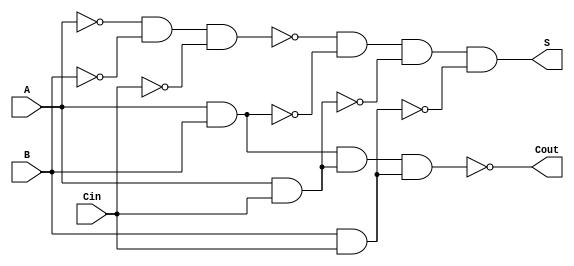
module NegativeCircuitFullAdder (
    input wire A,      // First binary input
    input wire B,      // Second binary input
    input wire Cin,    // Carry input
    output wire S,     // Sum output
    output wire Cout    // Carry output
);

// Intermediate signals for negative logic
wire A_inv, B_inv, Cin_inv;
wire AB_and, ACin_and, BCin_and;

// Invert the inputs for negative logic
not (A_inv, A);
not (B_inv, B);
not (Cin_inv, Cin);

// Calculate the sum output using XOR for negative logic
assign S = ~(A_inv & B_inv & Cin_inv) & ~(A & B) & ~(A & Cin) & ~(B & Cin);

// Calculate the carry output using AND and OR operations
assign AB_and = A & B;
assign ACin_and = A & Cin;
assign BCin_and = B & Cin;

assign Cout = ~(AB_and & ACin_and & BCin_and);

// Note: The Cout logic is simplified to use active-low logic
// Cout will be low if any of the conditions for generating a carry are met

endmodule